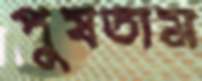
পুষতাম